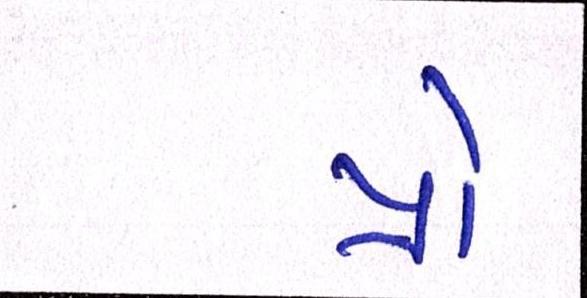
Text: પ્રો